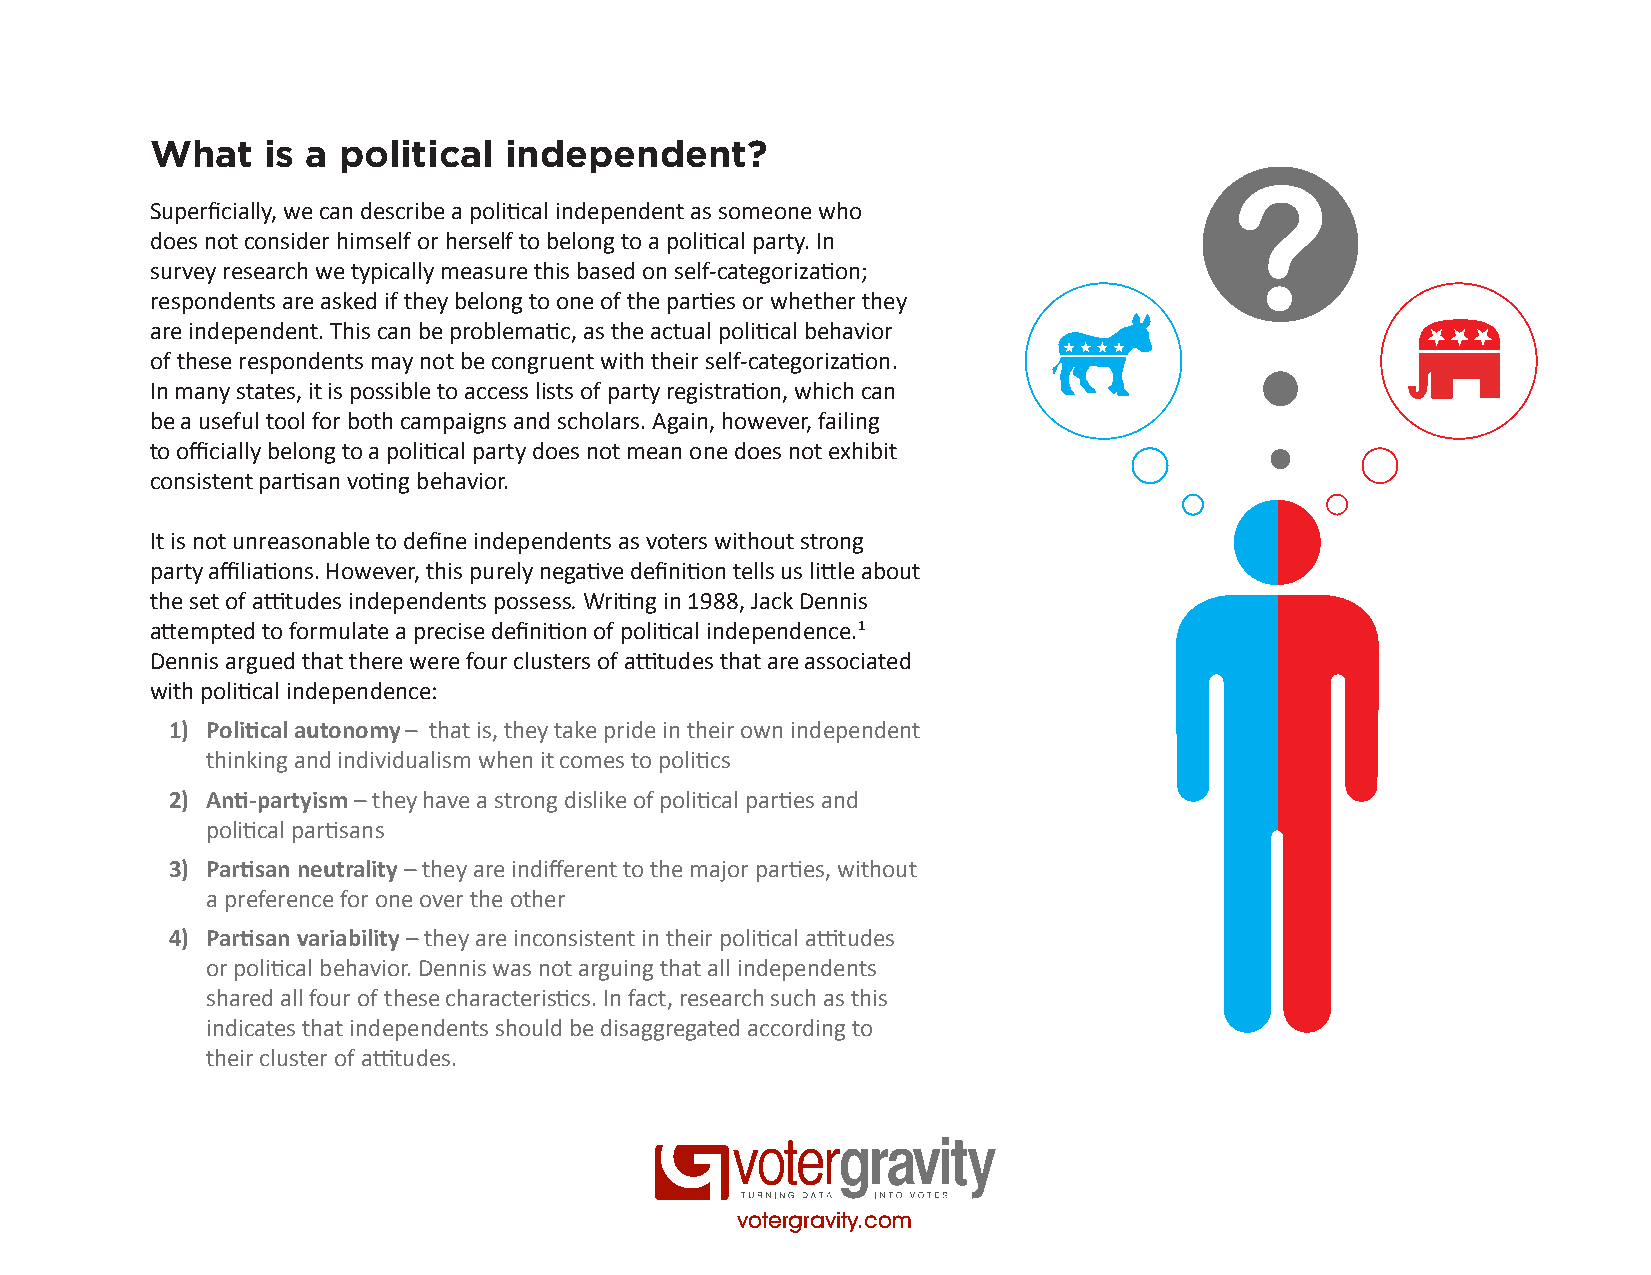
What   is a political  independent?
 Superficially, we can describe a political independent as someone who
 does not consider himself or herself to belong to a political party. In
 survey research we typically measure this based on self-categorization;
 respondents are asked if they belong to one of the parties or whether they
 are independent. This can be problematic, as the actual political behavior
 of these respondents may not be congruent with their self-categorization.
 In many states, it is possible to access lists of party registration, which can
 be a useful tool for both campaigns and scholars. Again, however, failing
 to officially belong to a political party does not mean one does not exhibit
 consistent partisan voting behavior.
 It is not unreasonable to define independents as voters without strong
 party affiliations. However, this purely negative definition tells us little about
 the set of attitudes independents possess. Writing in 1988, Jack Dennis
 attempted to formulate a precise definition of political independence.1
 Dennis argued that there were four clusters of attitudes that are associated
 with political independence:
 1) Political autonomy – that is, they take pride in their own independent
 thinking and individualism when it comes to politics
 2) Anti-partyism – they have a strong dislike of political parties and
 political partisans
 3) Partisan neutrality – they are indifferent to the major parties, without
 a preference for one over the other
 4) Partisan variability – they are inconsistent in their political attitudes
 or political behavior. Dennis was not arguing that all independents
 shared all four of these characteristics. In fact, research such as this
 indicates that independents should be disaggregated according to
 their cluster of attitudes.
 votergravity.com